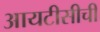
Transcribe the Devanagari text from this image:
आयटीसीची